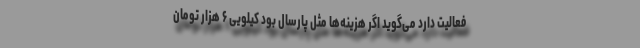
فعالیت دارد می‌گوید اگر هزینه‌ها مثل پارسال بود کیلویی ۶ هزار تومان